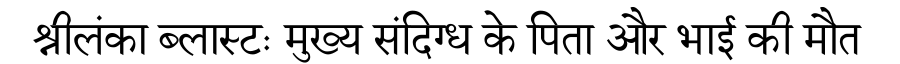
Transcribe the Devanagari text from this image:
श्रीलंका ब्लास्टः मुख्य संदिग्ध के पिता और भाई की मौत